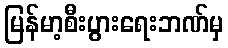
မြန်မာ့စီးပွားရေးဘဏ်မှ